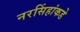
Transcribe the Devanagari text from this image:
नरसिंहांकडे